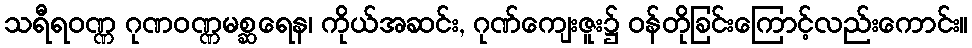
သရီရဝဏ္ဏ ဂုဏဝဏ္ဏမစ္ဆရေန၊ ကိုယ်အဆင်း, ဂုဏ်ကျေးဇူး၌ ဝန်တိုခြင်းကြောင့်လည်းကောင်း။